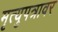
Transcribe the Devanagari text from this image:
मृत्युपत्रावर